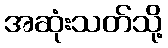
အဆုံးသတ်သို့